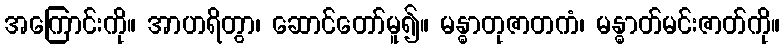
အကြောင်းကို။ အာဟရိတွာ၊ ဆောင်တော်မူ၍။ မန္ဓာတုဇာတကံ၊ မန္ဓာတ်မင်းဇာတ်ကို။